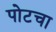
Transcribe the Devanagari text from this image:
पोटचा